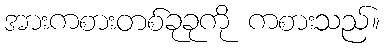
အားကစားတစ်ခုခုကို ကစားသည်။